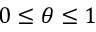
0 \leq \theta \leq 1